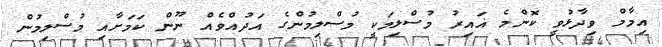
އިމާމް ވިދާޅުވީ ކޮންމެ ޣައިރު މުސްލިމަކީ މުސްލިމުންގެ އަދުއްވެއް ނޫން ކަމަށާއި މުސްލިމުން